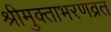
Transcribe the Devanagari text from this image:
श्रीमुक्ताभरणव्रत